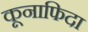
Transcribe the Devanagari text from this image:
कूनाफिदा